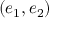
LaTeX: ( e _ { 1 } , e _ { 2 } )